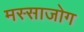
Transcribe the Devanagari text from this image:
मस्साजोग